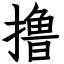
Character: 撸